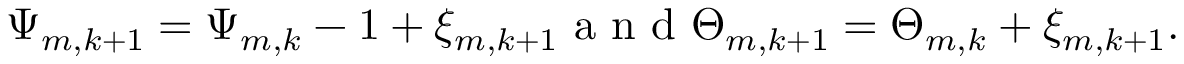
\Psi _ { m , k + 1 } = \Psi _ { m , k } - 1 + \xi _ { m , k + 1 } \mathrm { ~ a ~ n ~ d ~ } \Theta _ { m , k + 1 } = \Theta _ { m , k } + \xi _ { m , k + 1 } .